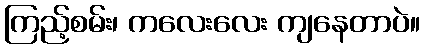
ကြည့်စမ်း၊ ကလေးလေး ကျနေတာပဲ။